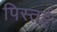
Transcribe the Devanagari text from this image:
पिस्तई